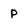
Character: p